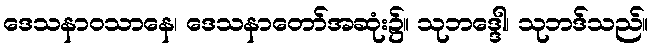
ဒေသနာဝသာနေ၊ ဒေသနာတော်အဆုံး၌။ သုဘဒ္ဒေါ၊ သုဘဒ်သည်။